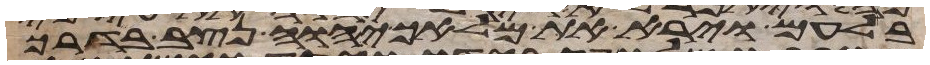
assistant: בלעם וירא את מלאך יהוה נצב בדרך